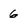
Character: 6